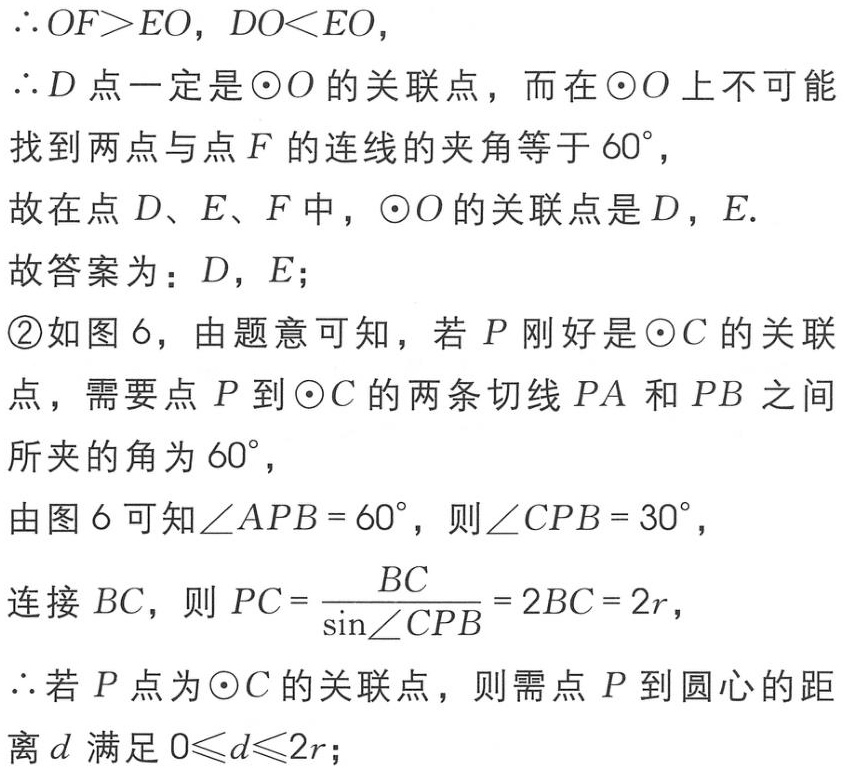
\(\therefore OF > EO, DO < EO,\)
\(\therefore D\)点一定是\(\odot O\)的关联点，而在\(\odot O\)上不可能
找到两点与点\(F\)的连线的夹角等于\(60^{\circ}\)，
故在点\(D、E、F\)中，\(\odot O\)的关联点是\(D\)，\(E\).
故答案为：\(D\)，\(E\)；
\textcircled{2}如图6，由题意可知，若\(P\)刚好是\(\odot C\)的关联
点，需要点\(P\)到\(\odot C\)的两条切线\(PA\)和\(PB\)之间
所夹的角为\(60^{\circ}\)，
由图6可知\(\angle APB = 60^{\circ}\)，则\(\angle CPB = 30^{\circ}\)，
连接\(BC\)，则\(PC = \frac{BC}{\sin\angle CPB}=2BC = 2r\)，
\(\therefore\)若\(P\)点为\(\odot C\)的关联点，则需点\(P\)到圆心的距
离\(d\)满足\(0\leqslant d\leqslant 2r\)；